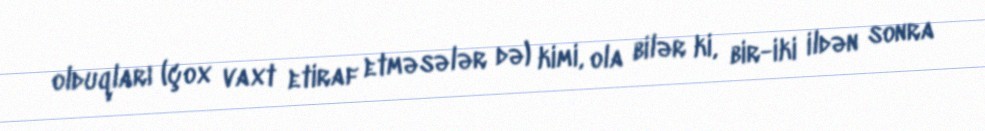
olduqları (çox vaxt etiraf etməsələr də) kimi, ola bilər ki, bir-iki ildən sonra